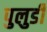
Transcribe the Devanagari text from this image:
पुलुडी